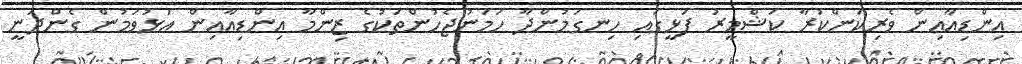
އިންޑިއާއިން ވެރިކަންކުރާ ކަޝްމީރު ފަޅީގައި ހިނގަމުންދާ ހަމަނުޖެހުންތަކުގެ ޒިންމާ އިންޑިއާއިން އަޅުވަމުން ގެންދަނީ